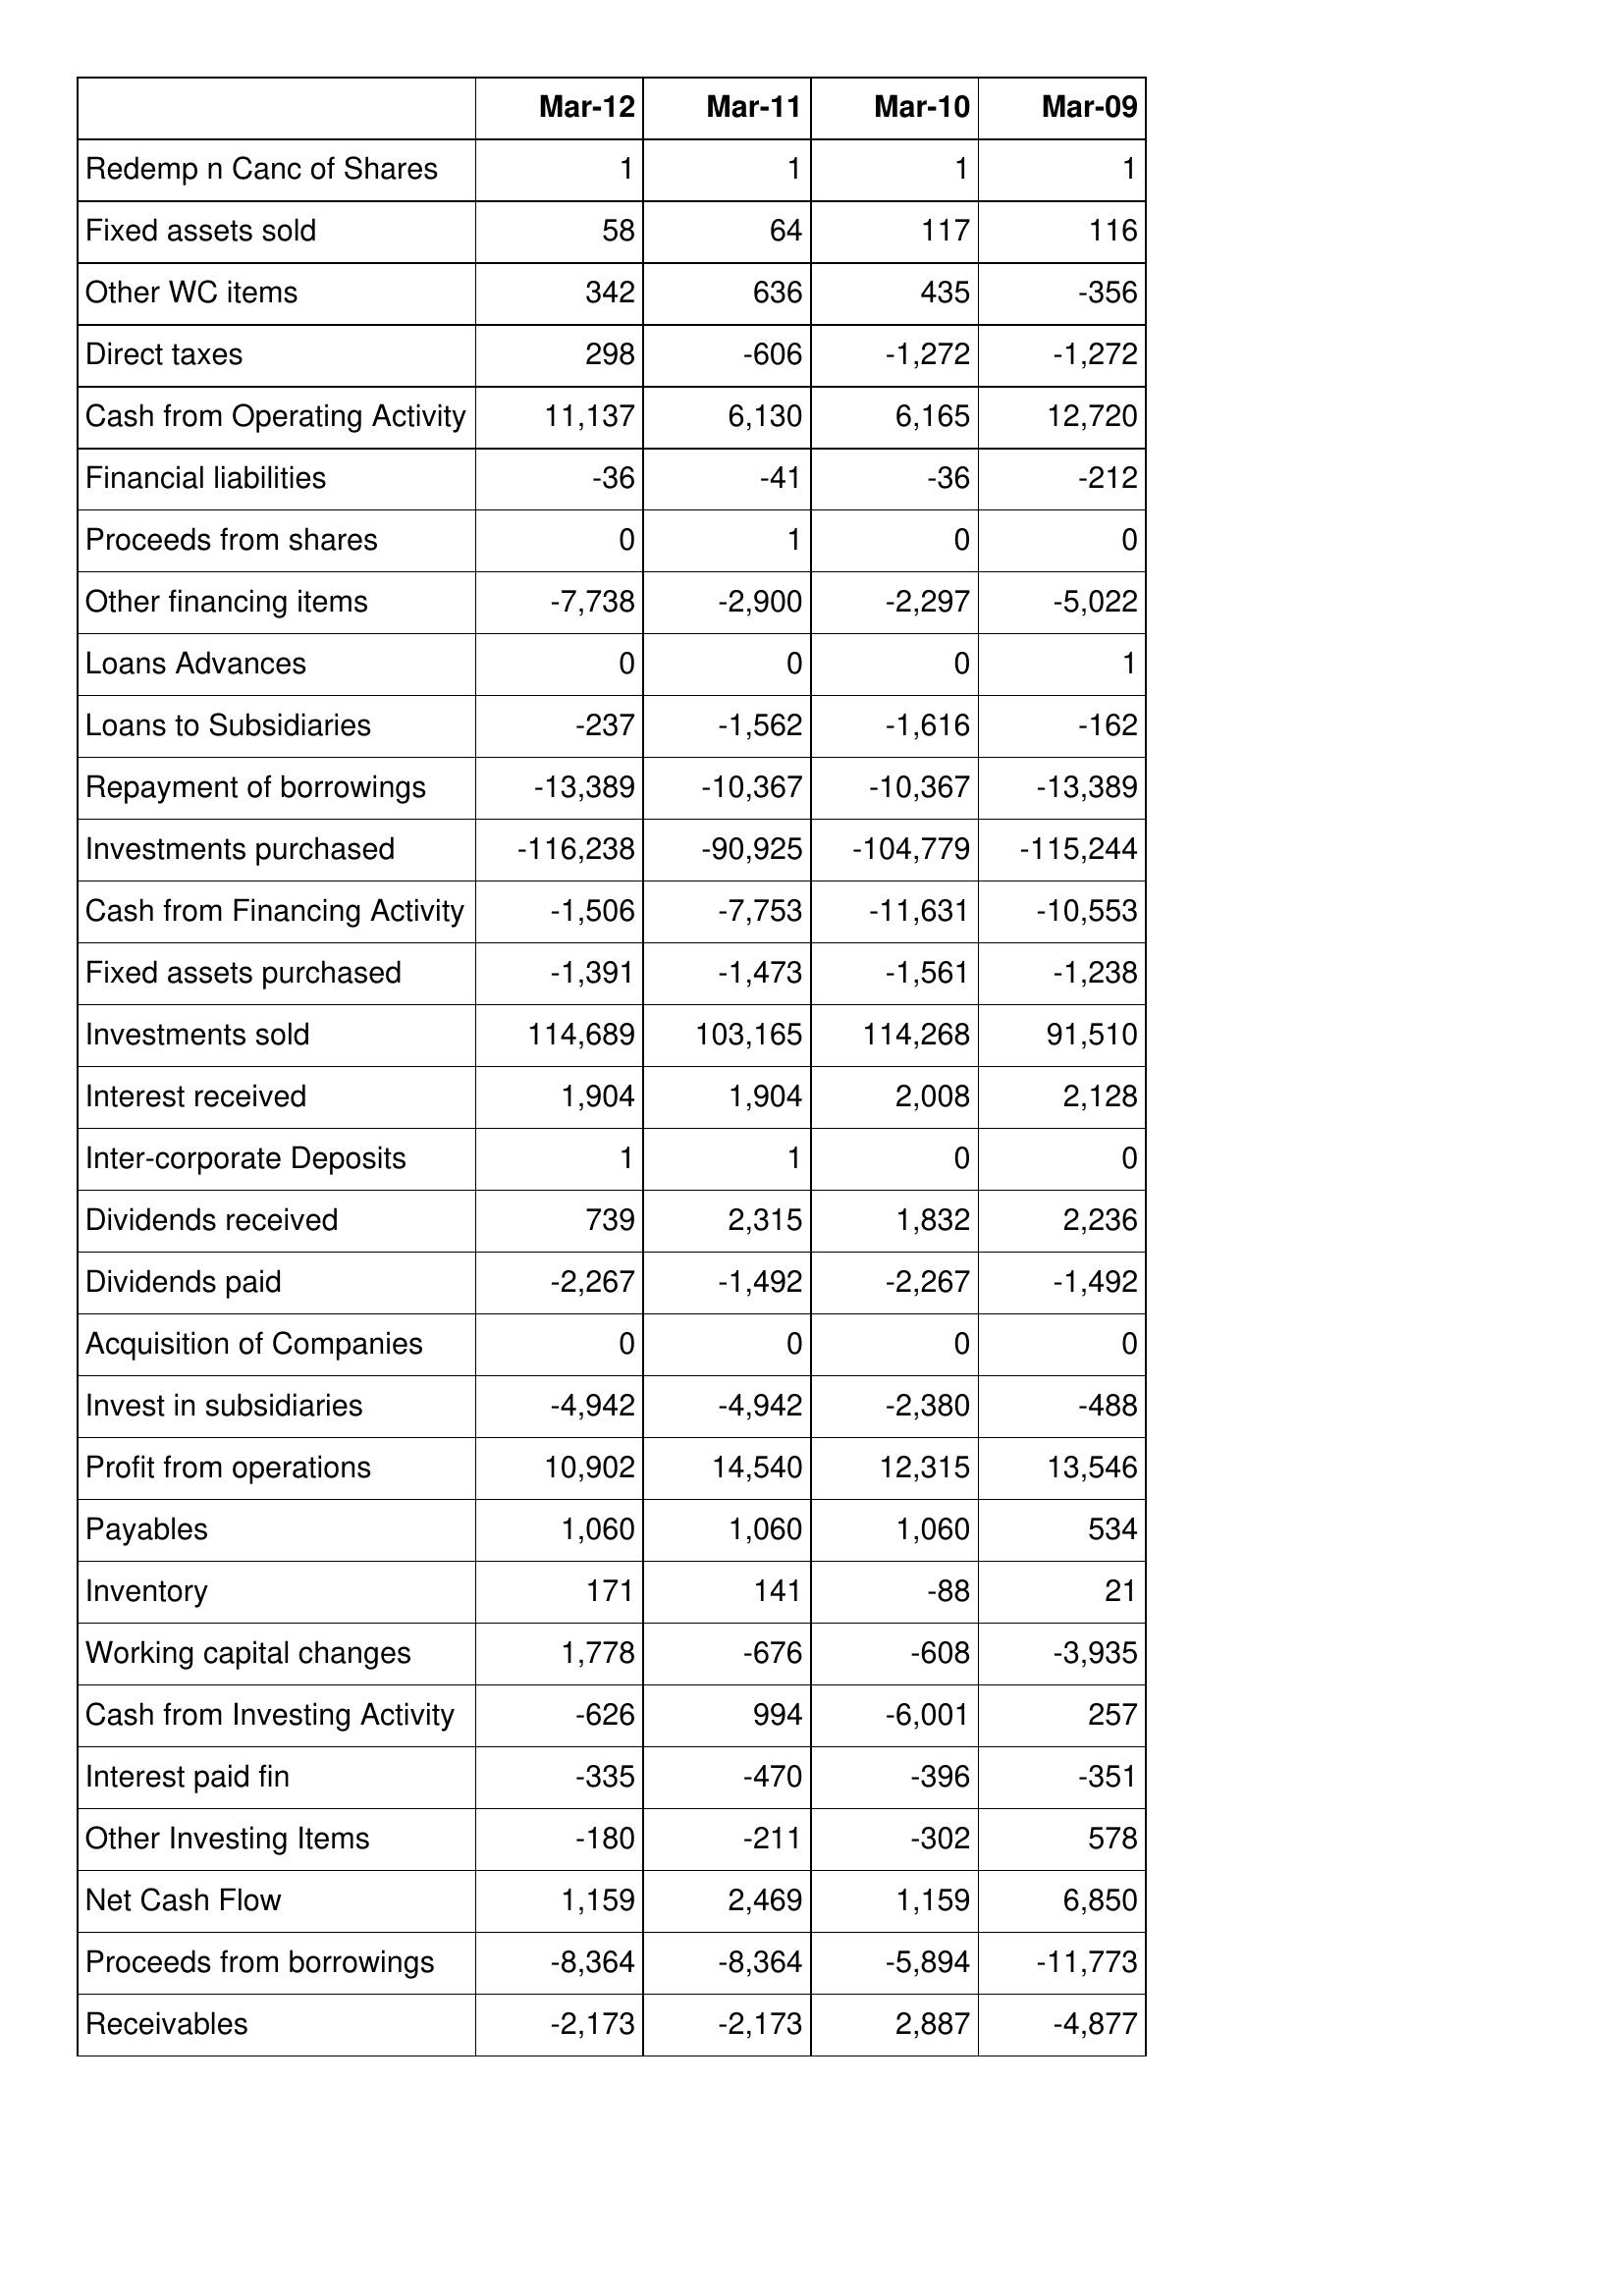
Mar-12: Cash Flows: Redemp n Canc of Shares: 1
Fixed assets sold: 58
Other WC items: 342
Direct taxes: 298
Cash from Operating Activity: 11,137
Financial liabilities: -36
Proceeds from shares: 0
Other financing items: -7,738
Loans Advances: 0
Loans to Subsidiaries: -237
Repayment of borrowings: -13,389
Investments purchased: -116,238
Cash from Financing Activity: -1,506
Fixed assets purchased: -1,391
Investments sold: 114,689
Interest received: 1,904
Inter-corporate Deposits: 1
Dividends received: 739
Dividends paid: -2,267
Acquisition of Companies: 0
Invest in subsidiaries: -4,942
Profit from operations: 10,902
Payables: 1,060
Inventory: 171
Working capital changes: 1,778
Cash from Investing Activity: -626
Interest paid fin: -335
Other Investing Items: -180
Net Cash Flow: 1,159
Proceeds from borrowings: -8,364
Receivables: -2,173
Mar-11: Cash Flows: Redemp n Canc of Shares: 1
Fixed assets sold: 64
Other WC items: 636
Direct taxes: -606
Cash from Operating Activity: 6,130
Financial liabilities: -41
Proceeds from shares: 1
Other financing items: -2,900
Loans Advances: 0
Loans to Subsidiaries: -1,562
Repayment of borrowings: -10,367
Investments purchased: -90,925
Cash from Financing Activity: -7,753
Fixed assets purchased: -1,473
Investments sold: 103,165
Interest received: 1,904
Inter-corporate Deposits: 1
Dividends received: 2,315
Dividends paid: -1,492
Acquisition of Companies: 0
Invest in subsidiaries: -4,942
Profit from operations: 14,540
Payables: 1,060
Inventory: 141
Working capital changes: -676
Cash from Investing Activity: 994
Interest paid fin: -470
Other Investing Items: -211
Net Cash Flow: 2,469
Proceeds from borrowings: -8,364
Receivables: -2,173
Mar-10: Cash Flows: Redemp n Canc of Shares: 1
Fixed assets sold: 117
Other WC items: 435
Direct taxes: -1,272
Cash from Operating Activity: 6,165
Financial liabilities: -36
Proceeds from shares: 0
Other financing items: -2,297
Loans Advances: 0
Loans to Subsidiaries: -1,616
Repayment of borrowings: -10,367
Investments purchased: -104,779
Cash from Financing Activity: -11,631
Fixed assets purchased: -1,561
Investments sold: 114,268
Interest received: 2,008
Inter-corporate Deposits: 0
Dividends received: 1,832
Dividends paid: -2,267
Acquisition of Companies: 0
Invest in subsidiaries: -2,380
Profit from operations: 12,315
Payables: 1,060
Inventory: -88
Working capital changes: -608
Cash from Investing Activity: -6,001
Interest paid fin: -396
Other Investing Items: -302
Net Cash Flow: 1,159
Proceeds from borrowings: -5,894
Receivables: 2,887
Mar-09: Cash Flows: Redemp n Canc of Shares: 1
Fixed assets sold: 116
Other WC items: -356
Direct taxes: -1,272
Cash from Operating Activity: 12,720
Financial liabilities: -212
Proceeds from shares: 0
Other financing items: -5,022
Loans Advances: 1
Loans to Subsidiaries: -162
Repayment of borrowings: -13,389
Investments purchased: -115,244
Cash from Financing Activity: -10,553
Fixed assets purchased: -1,238
Investments sold: 91,510
Interest received: 2,128
Inter-corporate Deposits: 0
Dividends received: 2,236
Dividends paid: -1,492
Acquisition of Companies: 0
Invest in subsidiaries: -488
Profit from operations: 13,546
Payables: 534
Inventory: 21
Working capital changes: -3,935
Cash from Investing Activity: 257
Interest paid fin: -351
Other Investing Items: 578
Net Cash Flow: 6,850
Proceeds from borrowings: -11,773
Receivables: -4,877